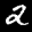
Label: 2